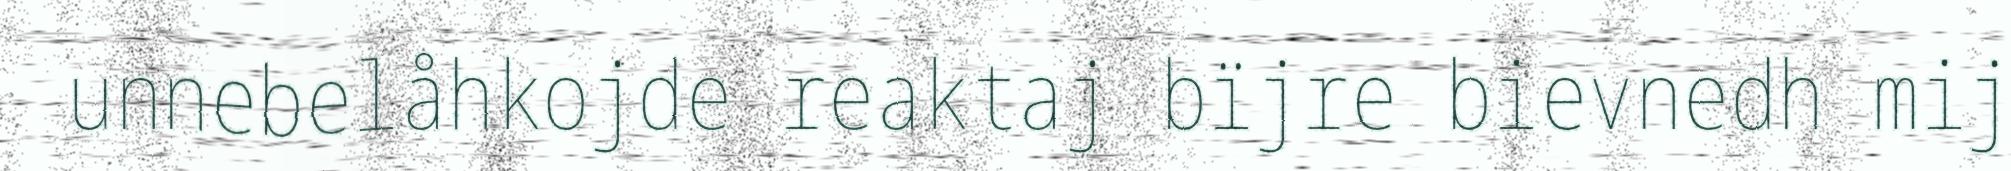
unnebelåhkojde reaktaj bïjre bievnedh mij